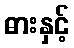
ဓားနှင့်